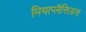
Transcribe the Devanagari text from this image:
मियाप्लैसिडस